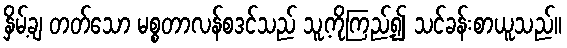
နှိမ့်ချ တတ်သော မစ္စတာလန်စဒင်သည် သူ့ကိုကြည့်၍ သင်ခန်းစာယူသည်။